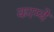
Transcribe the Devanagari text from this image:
काम्ये